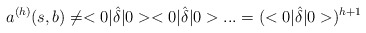
\begin{align*}a^{(h)}(s,b)\neq <0|\hat{\delta}|0><0|\hat{\delta}|0>...=(<0|\hat{\delta}|0>)^{h+1}\end{align*}